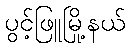
ပွင့်ဖြူမြို့နယ်